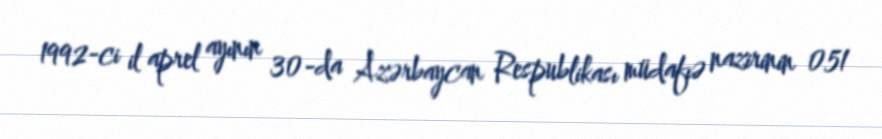
1992-ci il aprel ayının 30-da Azərbaycan Respublikası müdafıə nazirinin 051